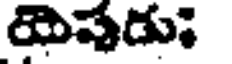
యెషడు;